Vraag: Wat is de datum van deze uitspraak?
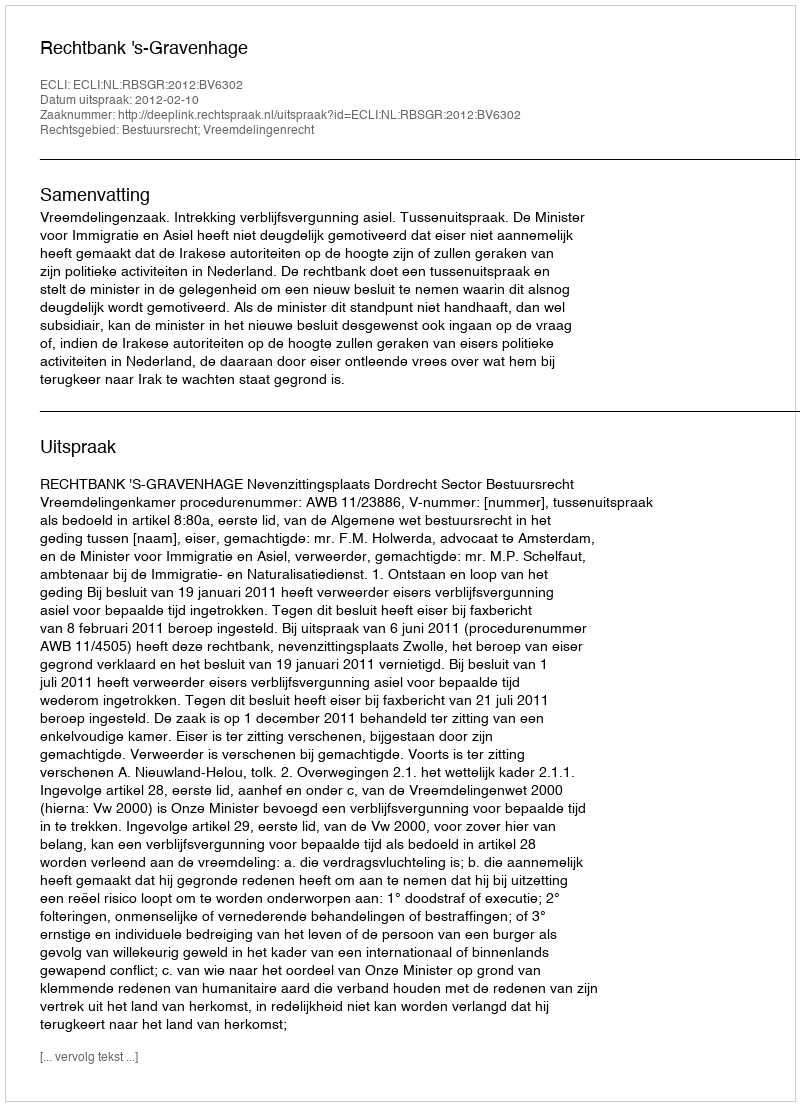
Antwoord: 2012-02-10